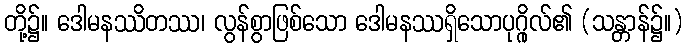
တို့၌။ ဒေါမနဿိတဿ၊ လွန်စွာဖြစ်သော ဒေါမနဿရှိသောပုဂ္ဂိုလ်၏ (သန္တာန်၌။)